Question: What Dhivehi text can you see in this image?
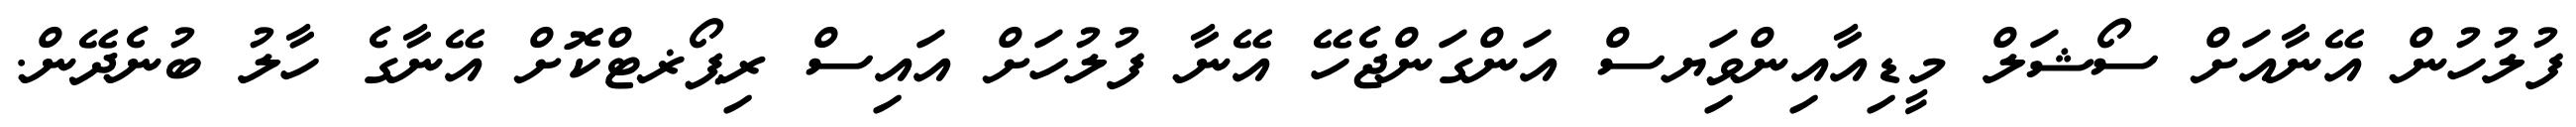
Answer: ފުލުހުން އޭނާއަށް ސޯޝަލް މީޑިއާއިންވިަޔސް އަންގަންޖެހޭ އޭނާ ފުލުހަށް އައިސް ރިޕޯޜޓްކޮށް އޭނާގެ ހާލު ބުނެދޭން.